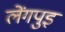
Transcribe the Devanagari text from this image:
लेंगपुइ